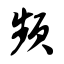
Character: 频